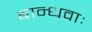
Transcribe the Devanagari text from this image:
बान्धवाः